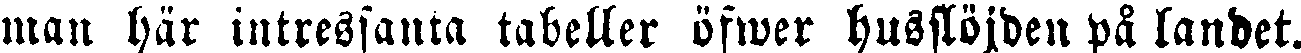
man här intressanta tabeller öfwer husslöjden på landet.